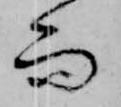
而